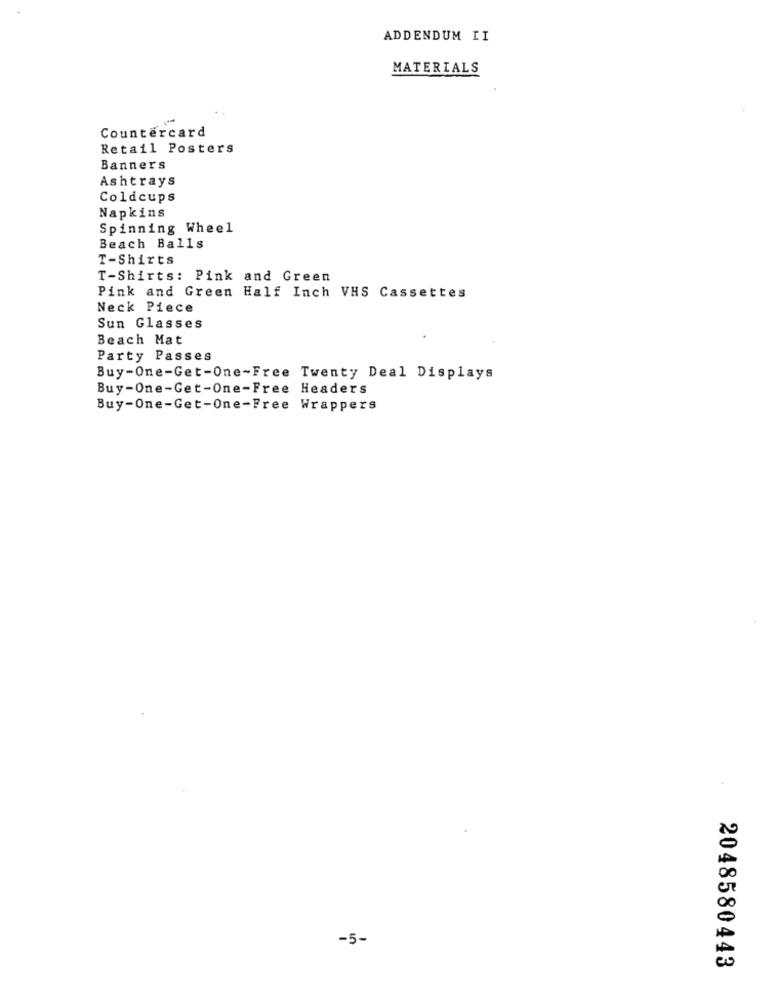
ADDENDUM II
MATERIALS
Countercard
Retail Posters
Banners
Ashtrays
Coldcups
Napkins
Spinning Wheel
Beach Balls
T-Shirts
T-Shirts: Pink and Green
Pink and Green Half Inch VHS Cassettes
Neck Piece
Sun Glasses
Beach Mat
Party Passes
Buy-One-Get-One-Free Twenty Deal Displays
Buy-One-Get-One-Free Headers
Buy-One-Get-One-Free Wrappers
-5-
2048580443